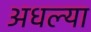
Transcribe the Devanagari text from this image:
अधल्या